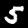
Label: 5